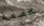
مخصصة